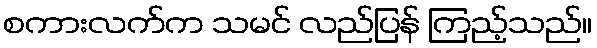
စကားလက်က သမင် လည်ပြန် ကြည့်သည်။